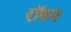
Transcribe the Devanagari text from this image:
रॉवन